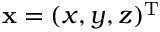
{ \mathbf x } = ( x , y , z ) ^ { { \mathrm T } }